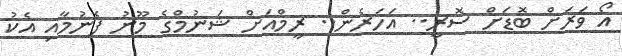
އޯ ވަރަށް ބޮޑަށް ސޮރީ.. އަހަރެން.. ރީމްއަށް ޝަނުމްގެ މޫނު ފެނުމާއި އެކު